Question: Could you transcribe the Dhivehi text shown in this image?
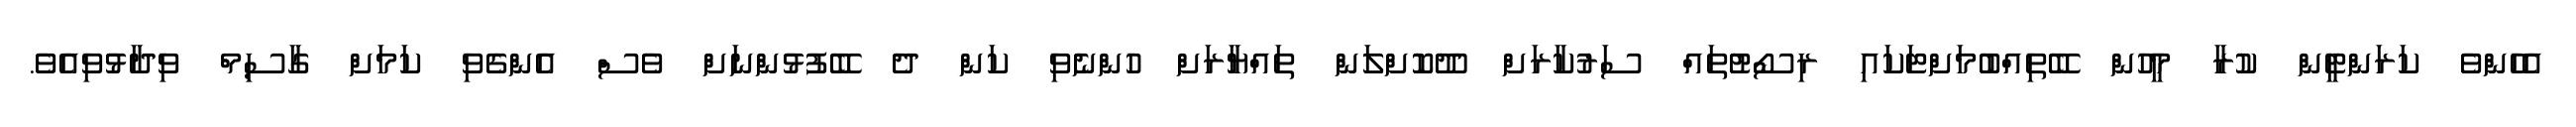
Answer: އެހެންވެ ކަރަންޓީން ކުރާ މީހުން ބޭތިއްބުމަށްޓަކައި ރިސޯޓުތައް ސަރުކާރަށް ދޫކޮށްލަން ތައްޔާރަށް ހުންނެވި ކަން ދެ ބޭފުޅުންނަށް ވެސް އެންގެވި ކަމަށް ގާސިމް ވިދާޅުވިއެވެ.